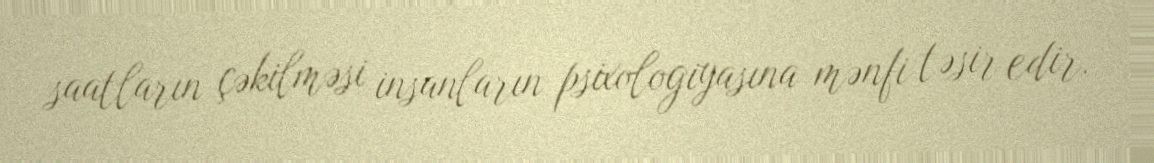
saatların çəkilməsi insanların psixologiyasına mənfi təsir edir.